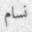
نسام